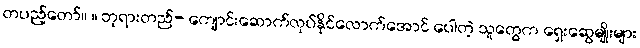
တပည့်တော်။ ။ ဘုရားတည်- ကျောင်းဆောက်လုပ်နိုင်လောက်အောင် ပေါတဲ့ သူတွေက ရှေးဆွေမျိုးများ